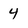
Character: 4